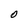
Character: O